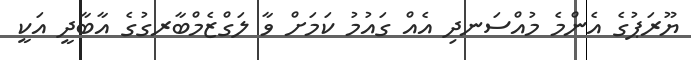
ޔޫރަޕުގެ އެންމެ މުއްސަނދި އެއް ގައުމު ކަމަށް ވާ ލަގްޒެމްބާރގުގެ އާބާދީ އަކީ